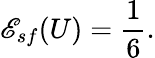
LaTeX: {\mathscr E}_{sf}(U)=\frac{1}{6}.